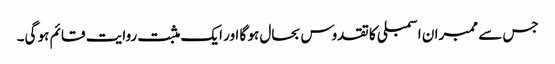
جس سے ممبران اسمبلی کا تقدوس بحال ہو گا اور ایک مثبت روایت قائم ہو گی۔